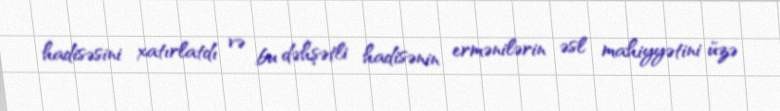
hadisəsini xatırlatdı və bu dəhşətli hadisənin ermənilərin əsl mahiyyətini üzə